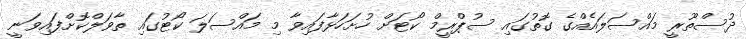
ދުސްތޫރީ މައްސަލައެއްގެ ގޮތުގައި ސުޕްރީމް ކޯޓަށް ހުށަހަޅާފައިވާ މި މައްސަލަ ކޯޓުގައި ތާވަލްކޮށްފައިވަނީ